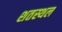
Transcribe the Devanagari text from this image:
शतस्थल